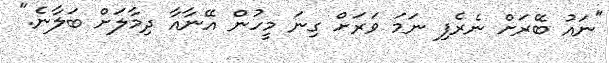
"ނައު ބޭރަށް ނެރެފި ނަމަ ވަރަށް ގިނަ މީހުން އޭނާއާ ދިމާލަށް ބަލާނެ."